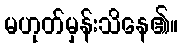
မဟုတ်မှန်းသိနေ၏။